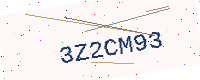
Text: 3Z2CM93